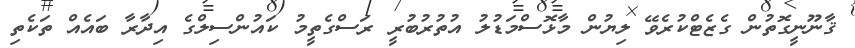
ޤާނޫނީގޮތުން ގެޒެޓްކުރެވޭ ލިޔުން މާޅޮސްމަޑުލު އުތުރުބުރީ ރަސްގެތީމު ކައުންސިލްގެ އިދާރާ ބައެއް ތަކެތި